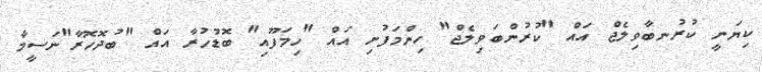
ކިޔަނީ ކުރުނބާވިލެޖް އައް "ކުރުންބަވިލެޖް" ހިންމަފުށި އައް "ހިމަފޫއި" ބޮޑުހުރާ އައް "ބުދޮހޮރާ"ނަސީމާ